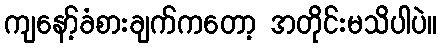
ကျနော့်ခံစားချက်ကတော့ အတိုင်းမသိပါပဲ။